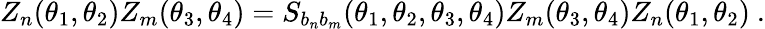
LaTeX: Z_{n}(\theta_{1},\theta_{2})Z_{m}(\theta_{3},\theta_{4})=S_{b_{n}b_{m}}(\theta_{1},\theta_{2},\theta_{3},\theta_{4})Z_{m}(\theta_{3},\theta_{4})Z_{n}(\theta_{1},\theta_{2})~.